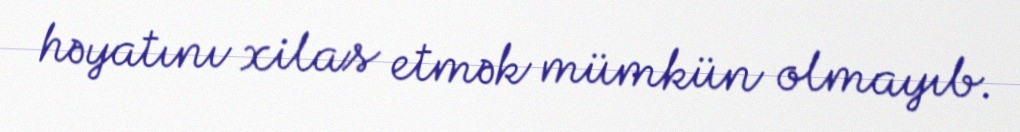
həyatını xilas etmək mümkün olmayıb.